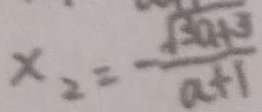
x _ { 2 } = \frac { \sqrt { 3 a + 3 } } { a + 1 }